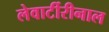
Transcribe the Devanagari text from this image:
लेवार्टीरीनाल